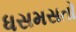
ધસમસતો